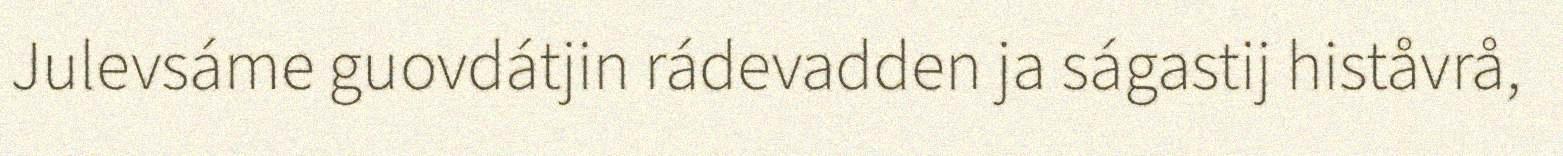
Julevsáme guovdátjin rádevadden ja ságastij histåvrå,